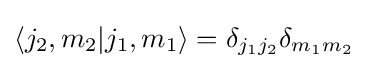
\langle j_{2},m_{2}|j_{1},m_{1}\rangle =\delta _{j_{1}j_{2}}\delta _{m_{1}m_{2}}